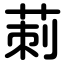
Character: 莿